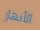
الأنهار